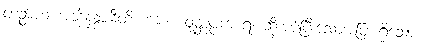
တဉ္စာဟံ အဘိနန္ဒာမီတိ၊ ကား။ ဝုတ္တပ္ပကာရံ၊ ဆိုအပ်ပြီးသောအပြားရှိသော။